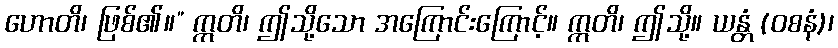
ဟောတိ၊ ဖြစ်၏။” ဣတိ၊ ဤသို့သော အကြောင်းကြောင့်။ ဣတိ၊ ဤသို့။ ယန္တံ (ဝစနံ)၊